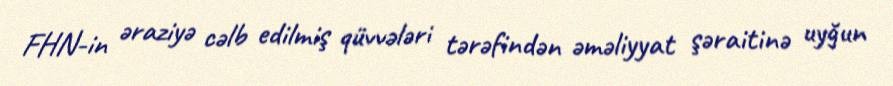
FHN-in əraziyə cəlb edilmiş qüvvələri tərəfindən əməliyyat şəraitinə uyğun